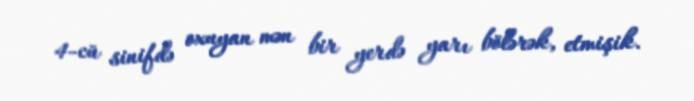
4-cü sinifdə oxuyan mən bir yerdə yarı bölərək, etmişik.